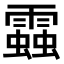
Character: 𧓑